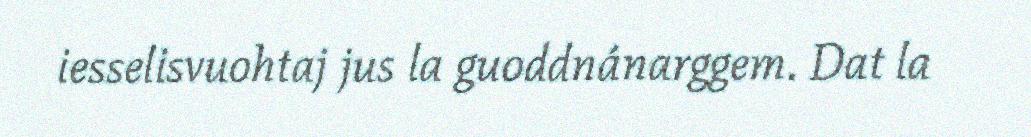
iesselisvuohtaj jus la guoddnánarggem. Dat la